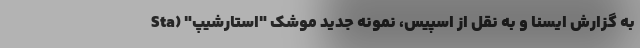
به گزارش ایسنا و به نقل از اسپیس، نمونه جدید موشک "استارشیپ" (Sta